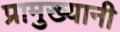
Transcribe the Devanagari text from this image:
प्रामुख्यानी